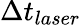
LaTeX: \Delta t_{laser}